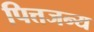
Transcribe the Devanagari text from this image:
पित्तजन्य